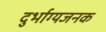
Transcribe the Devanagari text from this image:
दुर्भाग्यजनक